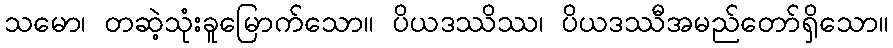
သမော၊ တဆဲ့သုံးခူမြောက်သော။ ပိယဒဿိဿ၊ ပိယဒဿီအမည်တော်ရှိသော။